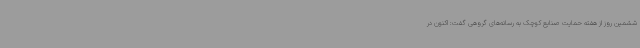
ششمین روز از هفته حمایت صنایع کوچک به رسانه‌های گروهی گفت: اکنون در